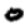
Digit: 0